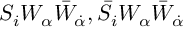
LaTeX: S _ { i } W _ { \alpha } \bar { W } _ { \dot { \alpha } } , \bar { S } _ { i } W _ { \alpha } \bar { W } _ { \dot { \alpha } }